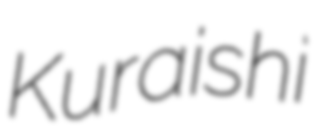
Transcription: Kuraishi